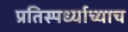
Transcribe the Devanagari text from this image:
प्रतिस्पर्ध्याच्याच